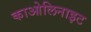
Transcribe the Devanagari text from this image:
काओलिनाइट